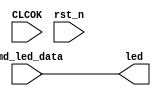
module  led(
        input                   CLCOK                     ,
        input                   rst_n                   ,
        //usb interface
        input      [3: 0]             cmd_led_data                  ,
        //receive cmd from pc
        output  [3:0]     led                 
);






reg[3:0]led_r;

always @(posedge CLCOK or negedge rst_n)begin
    if(!rst_n)begin
        led_r <= 0;
    end
    else 
		case ( cmd_led_data )
		
		0000://--led1
			led_r<=1110;
		0010://=>	--led2
			led_r<=1101;
		0011://=>	--led3
			led_r<=1011;
		0100://=>	--led4
			led_r<=0111;
		0101://=>	--led run
			led_r<=1111;
			//led_r(3 downto 1)<= led_r(2 downto 0);
			//led_r(0)<= led_r(3);
		//when "0110"=>	--led reset
			//led_r<="1111";
		//when others =>
		default:
			led_r<=0000;
	   endcase
     end
 //    end
assign led = cmd_led_data;	  
	  
endmodule